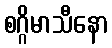
စဂ္ဂိမာသီနော